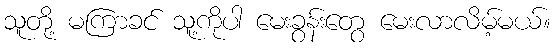
သူတို့ မကြာခင် သူ့ကိုပါ မေးခွန်းတွေ မေးလာလိမ့်မယ်။